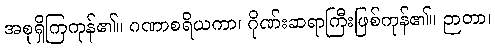
အစုရှိကြကုန်၏။ ဂဏာစရိယကာ၊ ဂိုဏ်းဆရာကြီးဖြစ်ကုန်၏။ ဉာတာ၊